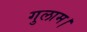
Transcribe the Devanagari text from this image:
गुलाम।